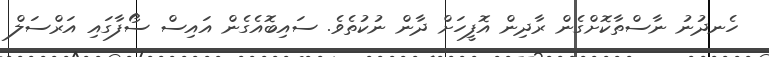
ހެނދުނު ނާސްތާކޮށްގެން ރާދިން އޮފީހަށް ދާން ނުކުތެވެ. ސައިބޮއެގެން އައިސް ސޯފާގައި އަރްސަލް